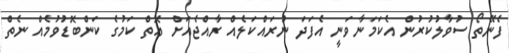
ފެނޭތޯ ސުވާލުކުރުން އެކަމަނާވަނީ އެފަދަ ނުރައްކަލެއް ރާއްޖެއަށް އޮތް ކަމުގެ ކަންބޮޑުވުމެއް ނެތް